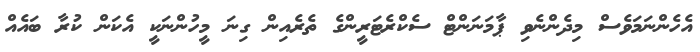
އެހެންނަމަވެސް މިދެންނެވި ޕާމަނަންޓް ސެކްރެޓަރީންގެ ތެރެއިން ގިނަ މީހުންނަކީ އެކަން ކުރާ ބައެއް